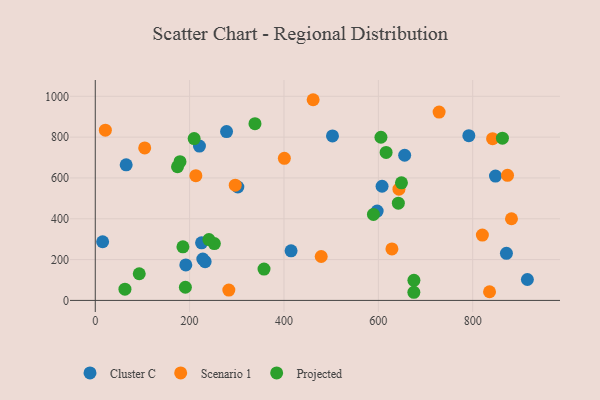
{"axis": {"x": "Investment", "y": "Demand"}, "legend": ["Cluster C", "Projected", "Scenario 1"], "data": [{"x": "225.3", "y": 282.0, "type": "Cluster C"}, {"x": "278.3", "y": 827.2, "type": "Cluster C"}, {"x": "65.5", "y": 664.3, "type": "Cluster C"}, {"x": "191.9", "y": 173.9, "type": "Cluster C"}, {"x": "607.9", "y": 559.4, "type": "Cluster C"}, {"x": "415.0", "y": 242.9, "type": "Cluster C"}, {"x": "502.8", "y": 805.7, "type": "Cluster C"}, {"x": "915.9", "y": 102.4, "type": "Cluster C"}, {"x": "232.9", "y": 189.8, "type": "Cluster C"}, {"x": "302.2", "y": 555.7, "type": "Cluster C"}, {"x": "848.3", "y": 609.3, "type": "Cluster C"}, {"x": "871.5", "y": 230.5, "type": "Cluster C"}, {"x": "791.8", "y": 807.2, "type": "Cluster C"}, {"x": "15.6", "y": 287.3, "type": "Cluster C"}, {"x": "597.5", "y": 437.7, "type": "Cluster C"}, {"x": "655.8", "y": 711.2, "type": "Cluster C"}, {"x": "220.8", "y": 756.1, "type": "Cluster C"}, {"x": "228.0", "y": 202.7, "type": "Cluster C"}, {"x": "461.8", "y": 983.2, "type": "Scenario 1"}, {"x": "400.8", "y": 695.9, "type": "Scenario 1"}, {"x": "104.8", "y": 747.1, "type": "Scenario 1"}, {"x": "283.1", "y": 50.7, "type": "Scenario 1"}, {"x": "21.4", "y": 834.1, "type": "Scenario 1"}, {"x": "882.2", "y": 400.1, "type": "Scenario 1"}, {"x": "842.2", "y": 792.4, "type": "Scenario 1"}, {"x": "835.7", "y": 42.4, "type": "Scenario 1"}, {"x": "628.8", "y": 252.1, "type": "Scenario 1"}, {"x": "643.7", "y": 544.8, "type": "Scenario 1"}, {"x": "478.9", "y": 215.1, "type": "Scenario 1"}, {"x": "296.7", "y": 564.5, "type": "Scenario 1"}, {"x": "728.8", "y": 922.7, "type": "Scenario 1"}, {"x": "820.5", "y": 320.3, "type": "Scenario 1"}, {"x": "873.8", "y": 612.8, "type": "Scenario 1"}, {"x": "213.2", "y": 611.0, "type": "Scenario 1"}, {"x": "93.2", "y": 130.7, "type": "Projected"}, {"x": "338.5", "y": 865.8, "type": "Projected"}, {"x": "252.4", "y": 278.4, "type": "Projected"}, {"x": "589.6", "y": 421.4, "type": "Projected"}, {"x": "174.3", "y": 654.8, "type": "Projected"}, {"x": "191.0", "y": 64.6, "type": "Projected"}, {"x": "863.0", "y": 795.0, "type": "Projected"}, {"x": "185.8", "y": 262.6, "type": "Projected"}, {"x": "642.4", "y": 476.2, "type": "Projected"}, {"x": "357.7", "y": 153.5, "type": "Projected"}, {"x": "649.0", "y": 576.2, "type": "Projected"}, {"x": "179.6", "y": 679.6, "type": "Projected"}, {"x": "675.4", "y": 98.5, "type": "Projected"}, {"x": "605.5", "y": 799.3, "type": "Projected"}, {"x": "616.5", "y": 725.1, "type": "Projected"}, {"x": "62.9", "y": 55.3, "type": "Projected"}, {"x": "675.3", "y": 39.9, "type": "Projected"}, {"x": "209.6", "y": 793.1, "type": "Projected"}, {"x": "240.9", "y": 298.3, "type": "Projected"}]}